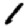
Digit: 1